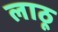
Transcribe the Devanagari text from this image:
लाठू